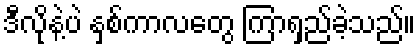
ဒီလိုနဲ့ပဲ နှစ်ကာလတွေ ကြာရှည်ခဲ့သည်။